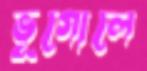
ভূগোলে